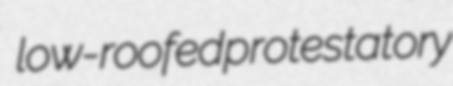
low-roofed protestatory